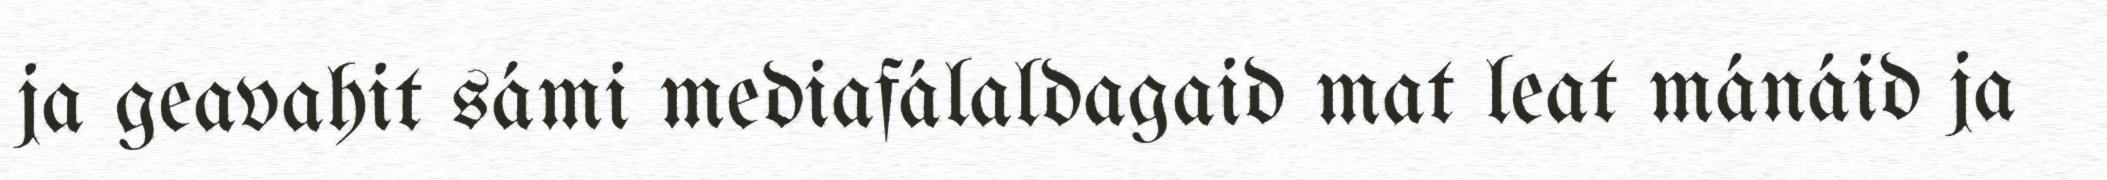
ja geavahit sámi mediafálaldagaid mat leat mánáid ja